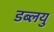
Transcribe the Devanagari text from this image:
डब्लयु